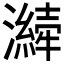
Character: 𤂁